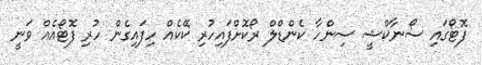
ފޮޓޯގައި ސޯނާކްޝީ ސިންހާ ކެންޑްލް ރޯކޮށްފައިހުރި ކޭކެއް ހިފައިގެން ހުރި ފޮޓޯއެއް ވަނީ